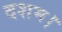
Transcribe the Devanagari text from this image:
दशम।